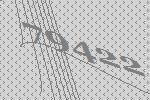
79422